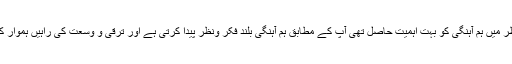
آپ کی نظر میں ہم آہنگی کو بہت اہمیت حاصل تھی آپ کے مطابق ہم آہنگی بلند فکر ونظر پیدا کرتی ہے اور ترقی و وسعت کی راہیں ہموار کرتی ہے ۔